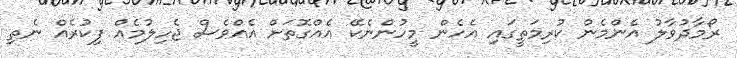
ރޯމާދުވާލު އެންމެން ކުރިމަތީގައި އެހެން މީހުންނެކޭ އެއްގޮތަށް އެއްވެސް ޖެހިލުމެއް ފިކުރެއް ނެތި